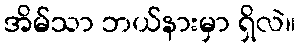
အိမ်သာ ဘယ်နားမှာ ရှိလဲ။